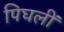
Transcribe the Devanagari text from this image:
पिघलीं